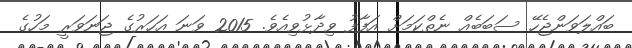
ބައްލަވަންޖެހޭ ސަބަބެއް ނެތްކަމަށް އަފާފު ވިދާޅުވިއެވެ. 2015 ވަނަ އަހަރުގެ ޖަނަވަރީ މަހުގެ